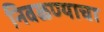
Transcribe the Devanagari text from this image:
निवळण्याचा